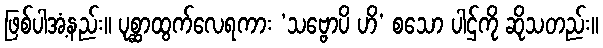
ဖြစ်ပါအံ့နည်း။ ပုစ္ဆာထွက်လေရကား ‘သဗ္ဗောပိ ဟိ’ စသော ပါဌ်ကို ဆိုသတည်း။